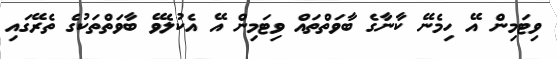
ވިޓަމިން އޭ ހިމެނޭ ކާނާގެ ބާވަތްތައް ވިޓަމިން އޭ އެކުލެވޭ ބާވަތްތަކުގެ ތެރޭގައި